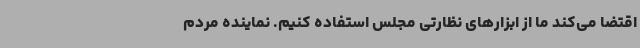
اقتضا می‌کند ما از ابزارهای نظارتی مجلس استفاده کنیم. نماینده مردم